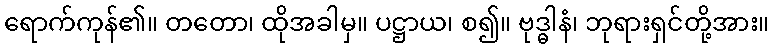
ရောက်ကုန်၏။ တတော၊ ထိုအခါမှ။ ပဋ္ဌာယ၊ စ၍။ ဗုဒ္ဓါနံ၊ ဘုရားရှင်တို့အား။